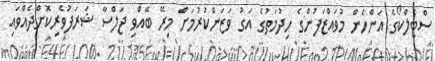
ސްޓެލްކޯގެ އަންހެން މުވައްޒަފުންގެ ހިދުމަތުގެ އަގު ވަޒަންކުރުމަށް މިރޭ ބޭއްވި ޖަލްސާ ޝަރަފުވެރިކޮށްދެއްވައި